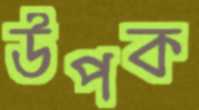
উপক